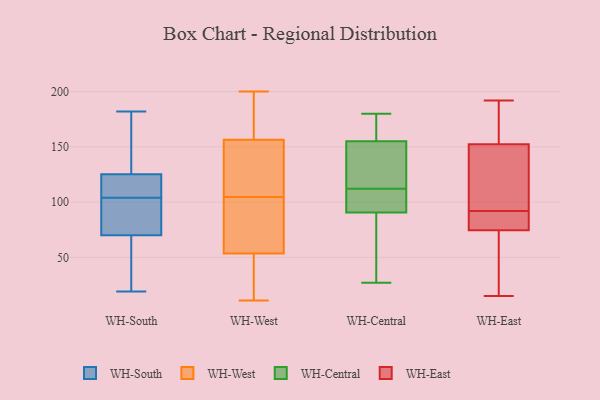
{"axis": {"x": "LTV (USD)", "y": "Value"}, "legend": ["WH-Central", "WH-East", "WH-South", "WH-West"], "data": [{"x": "", "y": 105, "type": "WH-South"}, {"x": "", "y": 39, "type": "WH-South"}, {"x": "", "y": 104, "type": "WH-South"}, {"x": "", "y": 125, "type": "WH-South"}, {"x": "", "y": 99, "type": "WH-South"}, {"x": "", "y": 55, "type": "WH-South"}, {"x": "", "y": 19, "type": "WH-South"}, {"x": "", "y": 182, "type": "WH-South"}, {"x": "", "y": 146, "type": "WH-South"}, {"x": "", "y": 108, "type": "WH-South"}, {"x": "", "y": 126, "type": "WH-South"}, {"x": "", "y": 103, "type": "WH-South"}, {"x": "", "y": 75, "type": "WH-South"}, {"x": "", "y": 160, "type": "WH-West"}, {"x": "", "y": 18, "type": "WH-West"}, {"x": "", "y": 153, "type": "WH-West"}, {"x": "", "y": 87, "type": "WH-West"}, {"x": "", "y": 142, "type": "WH-West"}, {"x": "", "y": 20, "type": "WH-West"}, {"x": "", "y": 189, "type": "WH-West"}, {"x": "", "y": 65, "type": "WH-West"}, {"x": "", "y": 200, "type": "WH-West"}, {"x": "", "y": 11, "type": "WH-West"}, {"x": "", "y": 95, "type": "WH-West"}, {"x": "", "y": 58, "type": "WH-West"}, {"x": "", "y": 182, "type": "WH-West"}, {"x": "", "y": 114, "type": "WH-West"}, {"x": "", "y": 54, "type": "WH-West"}, {"x": "", "y": 196, "type": "WH-West"}, {"x": "", "y": 14, "type": "WH-West"}, {"x": "", "y": 127, "type": "WH-West"}, {"x": "", "y": 145, "type": "WH-West"}, {"x": "", "y": 53, "type": "WH-West"}, {"x": "", "y": 61, "type": "WH-Central"}, {"x": "", "y": 118, "type": "WH-Central"}, {"x": "", "y": 86, "type": "WH-Central"}, {"x": "", "y": 154, "type": "WH-Central"}, {"x": "", "y": 92, "type": "WH-Central"}, {"x": "", "y": 134, "type": "WH-Central"}, {"x": "", "y": 92, "type": "WH-Central"}, {"x": "", "y": 112, "type": "WH-Central"}, {"x": "", "y": 27, "type": "WH-Central"}, {"x": "", "y": 173, "type": "WH-Central"}, {"x": "", "y": 158, "type": "WH-Central"}, {"x": "", "y": 101, "type": "WH-Central"}, {"x": "", "y": 180, "type": "WH-Central"}, {"x": "", "y": 92, "type": "WH-East"}, {"x": "", "y": 80, "type": "WH-East"}, {"x": "", "y": 90, "type": "WH-East"}, {"x": "", "y": 89, "type": "WH-East"}, {"x": "", "y": 166, "type": "WH-East"}, {"x": "", "y": 116, "type": "WH-East"}, {"x": "", "y": 135, "type": "WH-East"}, {"x": "", "y": 58, "type": "WH-East"}, {"x": "", "y": 147, "type": "WH-East"}, {"x": "", "y": 192, "type": "WH-East"}, {"x": "", "y": 15, "type": "WH-East"}, {"x": "", "y": 165, "type": "WH-East"}, {"x": "", "y": 179, "type": "WH-East"}, {"x": "", "y": 27, "type": "WH-East"}, {"x": "", "y": 148, "type": "WH-East"}, {"x": "", "y": 82, "type": "WH-East"}, {"x": "", "y": 50, "type": "WH-East"}]}